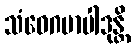
သံဝေဂမာပါဒုန္တိ